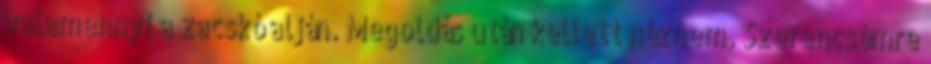
valamennyi a zacskó alján. Megoldás után kellett néznem. Szerencsémre